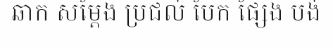
ឆាក សម្តែង ប្រជល់ បែក ផ្សែង បង់